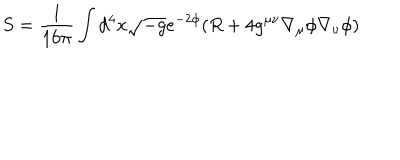
S = { \frac { 1 } { 1 6 \pi } } \int d ^ { 4 } x \sqrt { - g } e ^ { - 2 \phi } ( R + 4 g ^ { \mu \nu } \nabla _ { \mu } \phi \nabla _ { \nu } \phi )